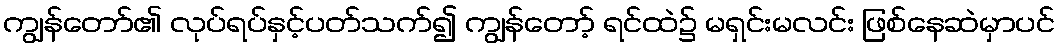
ကျွန်တော်၏ လုပ်ရပ်နှင့်ပတ်သက်၍ ကျွန်တော့် ရင်ထဲ၌ မရှင်းမလင်း ဖြစ်နေဆဲမှာပင်